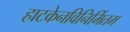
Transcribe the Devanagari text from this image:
हाटकेनविनिर्मितम